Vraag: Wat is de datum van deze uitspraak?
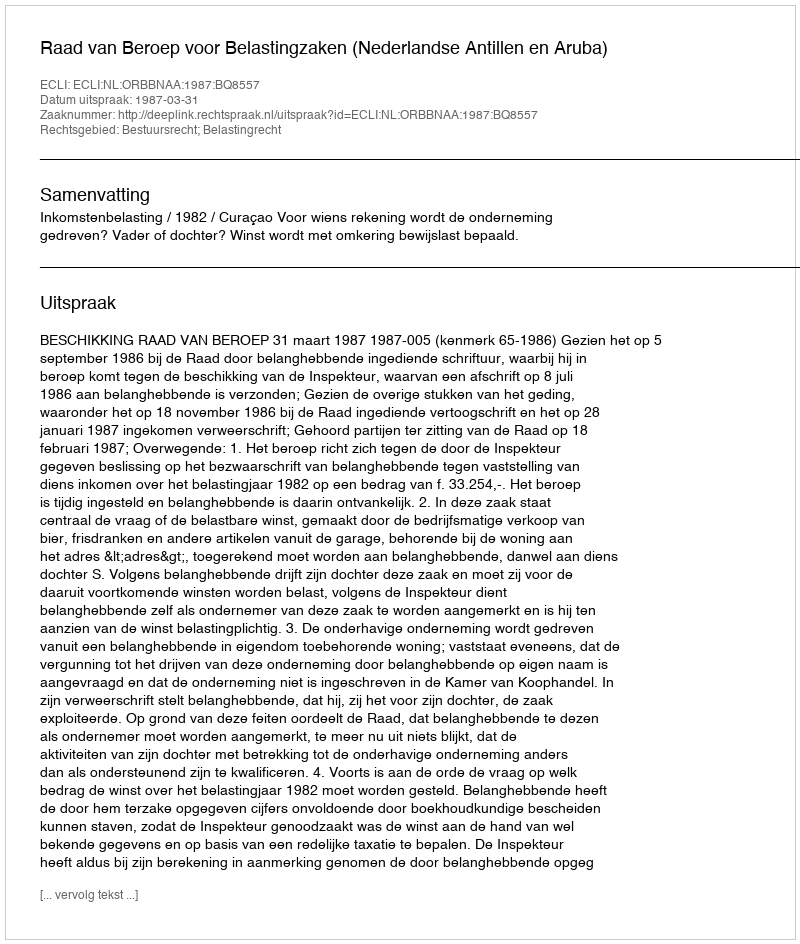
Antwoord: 1987-03-31